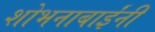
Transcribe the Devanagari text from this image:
शोभनाबाईंनी